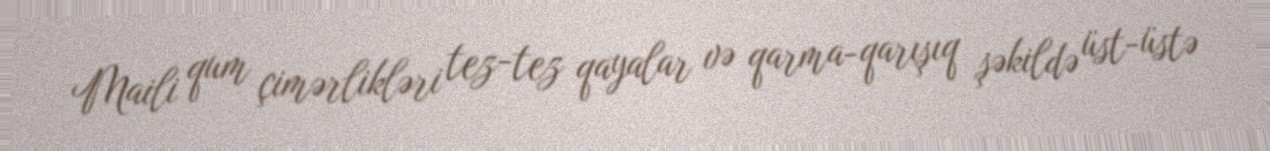
Maili qum çimərlikləri tez-tez qayalar və qarma-qarışıq şəkildə üst-üstə